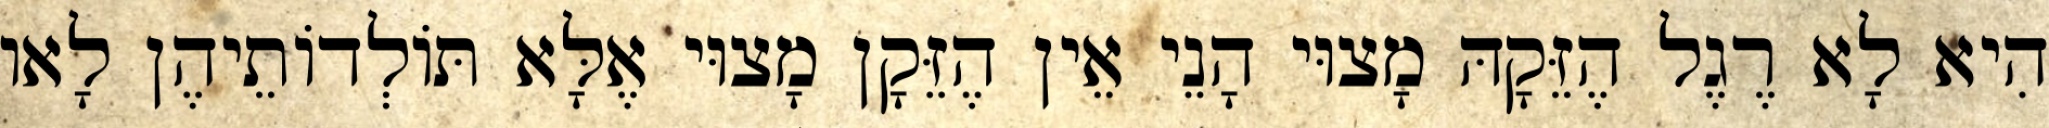
הִיא לָא רֶגֶל הֶזֵּקָהּ מָצוּי הָנֵי אֵין הֶזֵּקָן מָצוּי אֶלָּא תּוֹלְדוֹתֵיהֶן לָאו